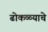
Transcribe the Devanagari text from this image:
ढोकळ्याचे